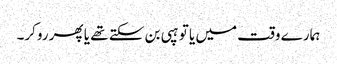
ہمارے وقت میں یا تو ہپی بن سکتے تھے یا پھر روکر۔